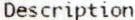
DESCRIPTION